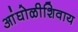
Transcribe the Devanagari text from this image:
आंघोळीशिवाय